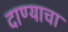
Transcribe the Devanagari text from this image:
दाण्याचा